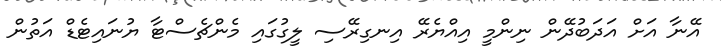
އޭނާ އަށް އަދަބުދޭން ނިންމީ އިއްޔެރޭ އިނގިރޭސި ލީގުގައި މެންޗެސްޓާ ޔުނައިޓެޑް އަތުން